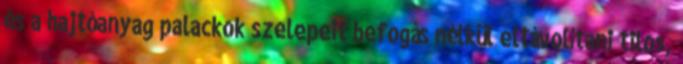
és a hajtóanyag palackok szelepeit befogás nélkül eltávolítani tilos,